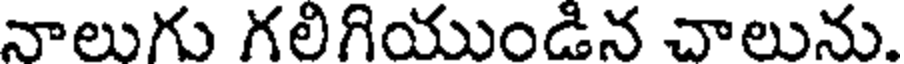
నాలుగు గలిగియుండిన చాలును.